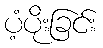
ပံ့ပိုးခြင်း